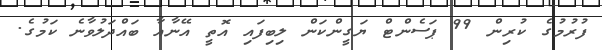
ފުރުމުގެ ކުރިން 99 ޕަސެންޓް ޔަގީންކަން ލިބިފައި އޮތީ އޭނާއާ ބައްދަލުވާނެ ކަމުގެ.